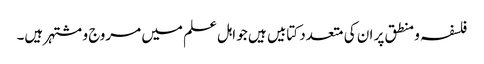
فلسفہ و منطق پر ان کی متعدد کتابیں ہیں جو اہل علم میں مروج و مشتہر ہیں۔